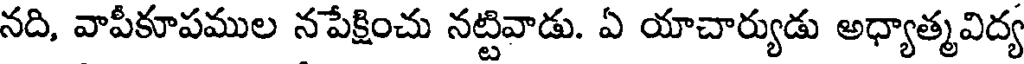
నది, వాపీకూపముల నపేక్షించు నట్టివాడు. ఏ యాచార్యుడు అధ్యాత్మవిద్య